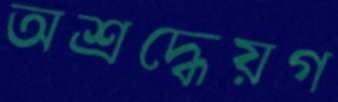
অশ্রদ্ধেয়গ